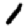
Digit: 1